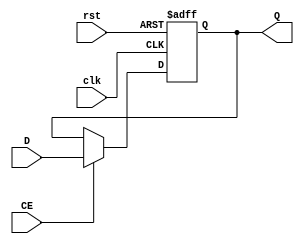
`timescale 1ns / 1ps
//////////////////////////////////////////////////////////////////////////////////
// Company: 
// Engineer: 
// 
// Design Name: 
// Module Name:    REG32 
// Project Name: 
// Target Devices: 
// Tool versions: 
// Description: 
//
// Dependencies: 
//
// Revision: 
// Revision 0.01 - File Created
// Additional Comments: 
//
//////////////////////////////////////////////////////////////////////////////////
module REG32(
             //input 
				 input wire clk,
				 input wire CE,//CE
				 input wire rst,//reset = 1
				 input wire [31:0] D,
				 //output
				 output reg [31:0] Q
    );

always @(posedge clk or posedge rst)
if (rst==1) Q[31:0] <= 32'h0;
else if (CE == 1)   Q[31:0] <= D[31:0];


endmodule